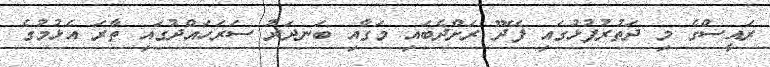
ރައީސްގެ މި ދަތުރުފުޅުގައި ފޭދޫ ރަށްދެބައި މަގާއި ބަނދަރު ސަރަހައްދުގައި ތާރަ އެޅުމުގެ